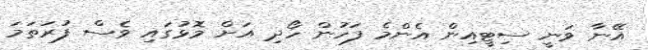
އޭނާ ވަނީ ސިޓީއިން އެންމެ ފަހުން ހޯދި އަށް މޮޅުގައި ވެސް ފުރަތަމަ